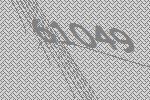
61049